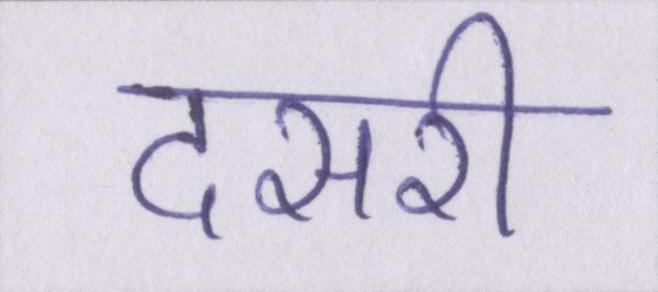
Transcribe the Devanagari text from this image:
दसरी